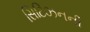
સિટિઝનની